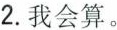
2.我会算。